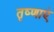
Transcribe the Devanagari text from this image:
तृष्णाएं